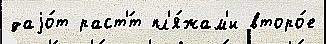
даjо́т раст'́т пл'я́жам'и второ́е